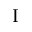
\mathrm { I }